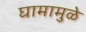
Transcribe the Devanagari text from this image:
घामामुळे